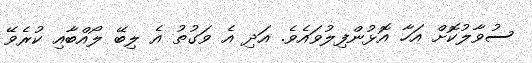
ސުވާލުކޮށް އަހާ އޮޅުންފިލުވައެވެ. އަދި އެ ވަގުތު އެ ލިބޭ ލޯއްބާއި ކުރެވޭ